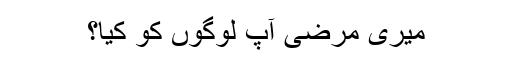
میری مرضی آپ لوگوں کو کیا؟